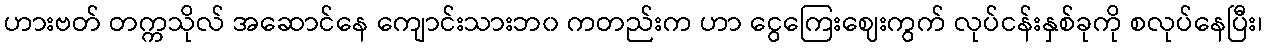
ဟားဗတ် တက္ကသိုလ် အဆောင်နေ ကျောင်းသားဘ၀ ကတည်းက ဟာ ငွေကြေးဈေးကွက် လုပ်ငန်းနှစ်ခုကို စလုပ်နေပြီး၊